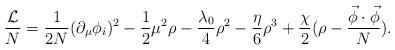
LaTeX: \begin{align*}\frac {\cal L}{N} = \frac{1}{2 N} (\partial_\mu \phi_i)^2 -\frac{1}{2}\mu^2 \rho -\frac{\lambda_0}{4} \rho^2-\frac{\eta}{6 }\rho^3 + \frac{\chi}{2} (\rho - \frac{\vec \phi \cdot \vec \phi}{N}).\end{align*}